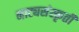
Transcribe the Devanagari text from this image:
नाट्यसंस्कृती